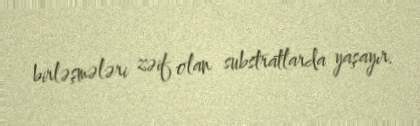
birləşmələri zəif olan substratlarda yaşayır.